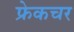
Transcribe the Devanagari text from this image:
फ्रेकचर